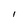
Character: I